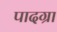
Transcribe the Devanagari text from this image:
पादग्रा